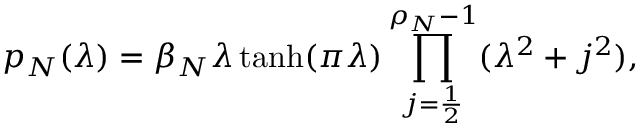
p _ { N } ( \lambda ) = \beta _ { N } \lambda \operatorname { t a n h } ( \pi \lambda ) \prod _ { j = \frac 1 2 } ^ { \rho _ { N } - 1 } ( \lambda ^ { 2 } + j ^ { 2 } ) ,